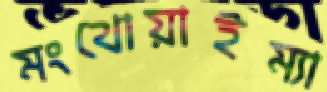
মংথোয়াইম্যা